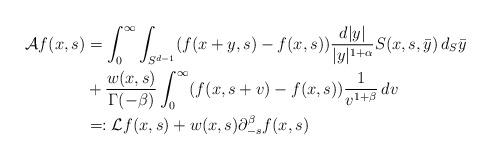
LaTeX: \begin{align*}\mathcal A f(x,s)&= \int_0^\infty \int_{S^{d-1}} (f(x+y,s)-f(x,s))\frac{d|y|}{|y|^{1+\alpha}} S(x,s,\bar y)\, d_S \bar y\\&+ \frac{w(x,s)}{\Gamma(-\beta)}\int_0^\infty (f(x,s+v)-f(x,s))\frac{1}{v^{1+\beta}}\,dv\\&=: \mathcal L f(x,s)+ w(x,s) \partial_{-s}^\beta f(x,s)\end{align*}